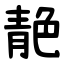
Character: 靘